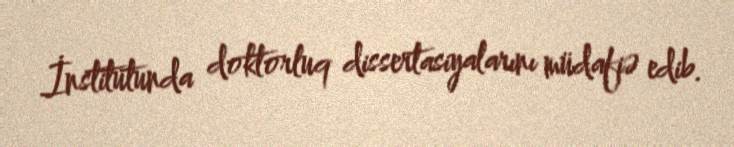
İnstitutunda doktorluq dissertasiyalarını müdafiə edib.